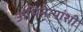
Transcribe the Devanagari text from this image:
अभिनेत्यांशी